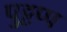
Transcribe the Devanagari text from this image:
पुट्टप्प